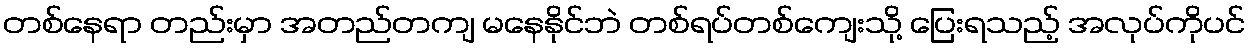
တစ်နေရာ တည်းမှာ အတည်တကျ မနေနိုင်ဘဲ တစ်ရပ်တစ်ကျေးသို့ ပြေးရသည့် အလုပ်ကိုပင်